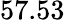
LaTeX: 57.53